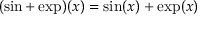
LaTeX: ( \sin + \exp ) ( x ) = \sin ( x ) + \exp ( x )